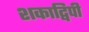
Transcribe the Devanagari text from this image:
शकाद्विपी